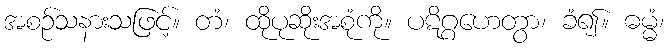
အစဉ်သနားသဖြင့်။ တံ၊ ထိုပုဆိုးအစုံကို။ ပဋိဂ္ဂဟေတွာ၊ ခံ၍။ ဓမ္မံ၊